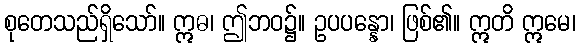
စုတေသည်ရှိသော်။ ဣဓ၊ ဤဘဝ၌။ ဥပပန္နော၊ ဖြစ်၏။ ဣတိ ဣမေ၊